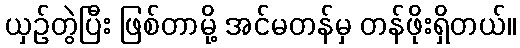
ယှဉ်တွဲပြီး ဖြစ်တာမို့ အင်မတန်မှ တန်ဖိုးရှိတယ်။